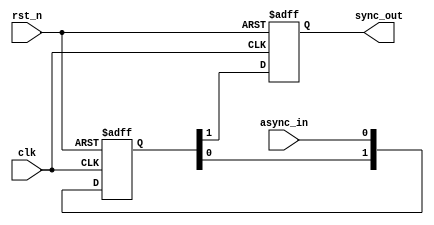
module async_to_sync_converter (
    input wire clk,              // Clock signal of the synchronous domain
    input wire rst_n,            // Active low reset signal
    input wire async_in,         // Asynchronous input signal
    output reg sync_out          // Synchronized output signal
);

    // Internal signals for metastability handling
    reg [1:0] sync_ff;           // Two flip-flops for synchronization

    // Synchronous reset behavior
    always @(posedge clk or negedge rst_n) begin
        if (!rst_n) begin
            sync_ff <= 2'b00;     // Initialize flip-flops to known state
            sync_out <= 1'b0;     // Initialize output to known state
        end else begin
            sync_ff[0] <= async_in; // Sample the asynchronous input
            sync_ff[1] <= sync_ff[0]; // Second flip-flop for metastability handling
            sync_out <= sync_ff[1];   // Output the synchronized value
        end
    end

endmodule